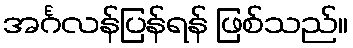
အင်္ဂလန်ပြန်ရန် ဖြစ်သည်။